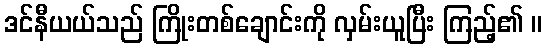
ဒင်နီယယ်သည် ကြိုးတစ်ချောင်းကို လှမ်းယူပြီး ကြည့်၏ ။